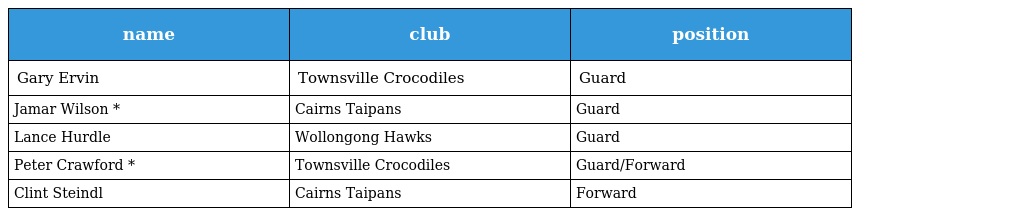
| name | club | position |
 | --- | --- | --- |
 | Gary Ervin | Townsville Crocodiles | Guard |
 | Jamar Wilson * | Cairns Taipans | Guard |
 | Lance Hurdle | Wollongong Hawks | Guard |
 | Peter Crawford * | Townsville Crocodiles | Guard/Forward |
 | Clint Steindl | Cairns Taipans | Forward |